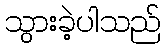
သွားခဲ့ပါသည်